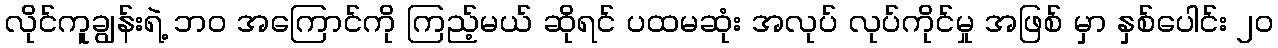
လိုင်ကူချွန်းရဲ့ ဘ၀ အကြောင်ကို ကြည့်မယ် ဆိုရင် ပထမဆုံး အလုပ် လုပ်ကိုင်မှု အဖြစ် မှာ နှစ်ပေါင်း ၂၀